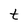
Character: t